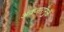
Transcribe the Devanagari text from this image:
अवजारांमुळे